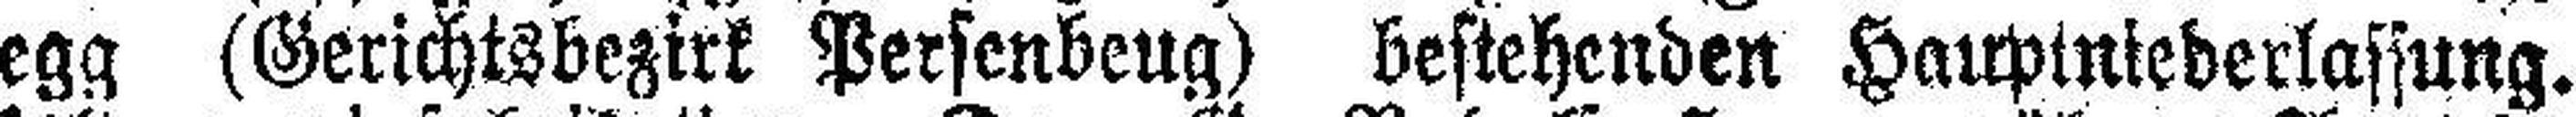
egg (Gerichtsbezirk Persenbeug) bestehenden Haupintederlassung.